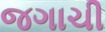
જગાચી